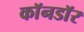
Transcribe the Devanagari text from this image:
काॅनडाॅर